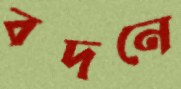
বদনে